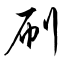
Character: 刷